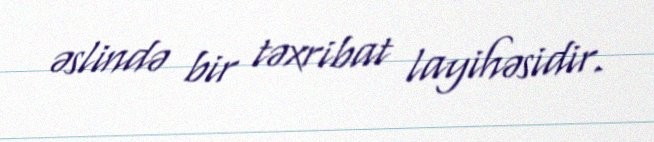
əslində bir təxribat layihəsidir.